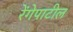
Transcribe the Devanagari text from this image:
रेंगेपाटील